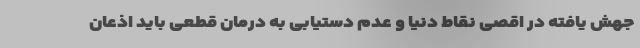
جهش­ یافته در اقصی نقاط دنیا و عدم دستیابی به درمان قطعی باید اذعان